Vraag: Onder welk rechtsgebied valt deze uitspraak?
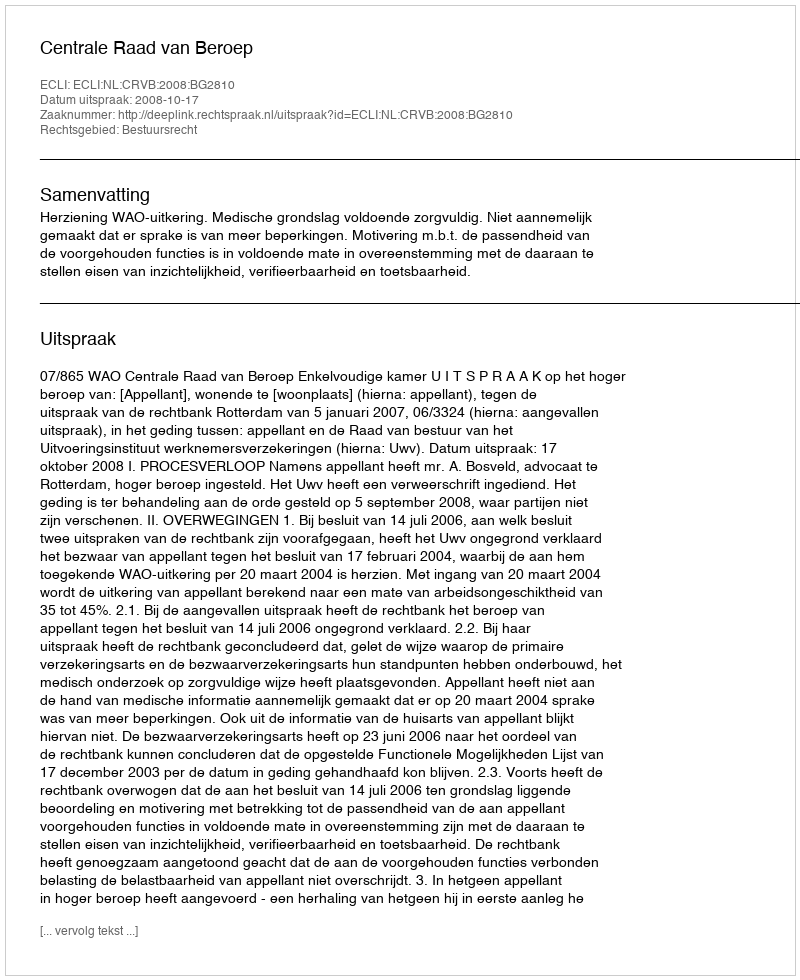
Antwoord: Bestuursrecht